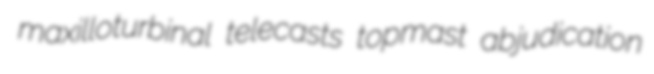
maxilloturbinal telecasts topmast abjudication